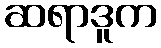
ဆရာဒူက